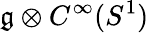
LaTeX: {\mathfrak{g}}\otimes C^{\infty}(S^{1})